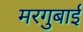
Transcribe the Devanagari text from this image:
मरगुबाई